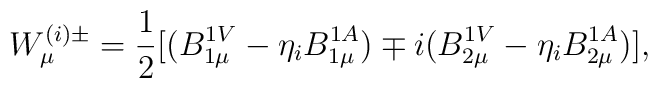
W^{(i)\pm}_{\mu} = \frac{1}{2} [(B^{1V}_{1\mu} - \eta_{i} B^{1A}_{1\mu})\mp i(B^{1V}_{2\mu} - \eta_{i} B^{1A}_{2\mu})],